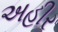
અહીર